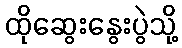
ထိုဆွေးနွေးပွဲသို့